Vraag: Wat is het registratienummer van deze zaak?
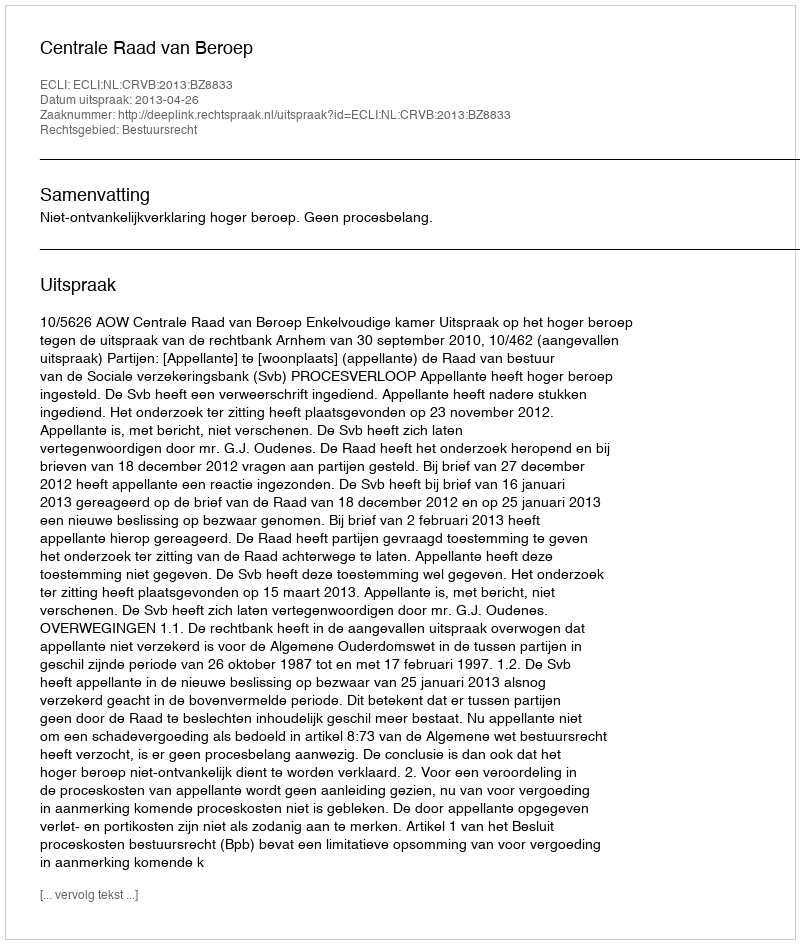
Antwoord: http://deeplink.rechtspraak.nl/uitspraak?id=ECLI:NL:CRVB:2013:BZ8833